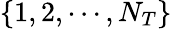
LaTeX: \{ 1,2,\cdots,N_{T}\}